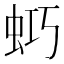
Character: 𧊌